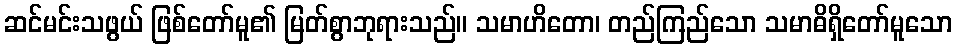
ဆင်မင်းသဖွယ် ဖြစ်တော်မူ၏ မြတ်စွာဘုရားသည်။ သမာဟိတော၊ တည်ကြည်သော သမာဓိရှိတော်မူသော